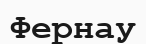
Фернау